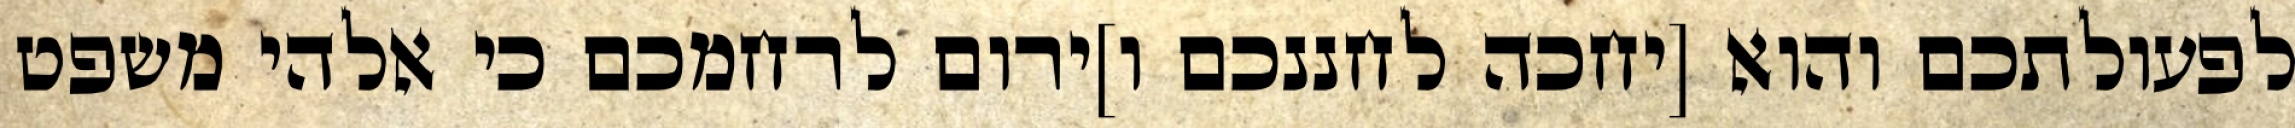
לפעולתכם והוא [יחכה לחננכם ו]ירום לרחמכם כי אלהי משפט